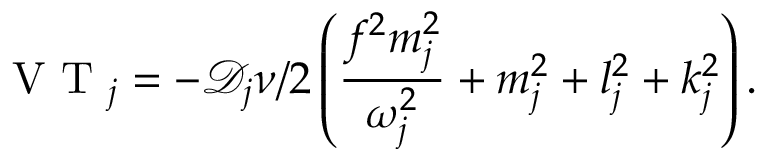
\textnormal { V T } _ { j } = - \mathcal { D } _ { j } { \nu } / { 2 } \left( \frac { f ^ { 2 } m _ { j } ^ { 2 } } { \omega _ { j } ^ { 2 } } + m _ { j } ^ { 2 } + l _ { j } ^ { 2 } + k _ { j } ^ { 2 } \right) .